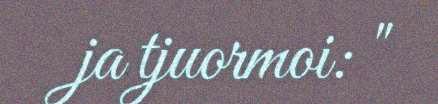
ja tjuormoi: "